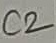
Text: C2